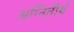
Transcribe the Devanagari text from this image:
अग्नितीर्थ